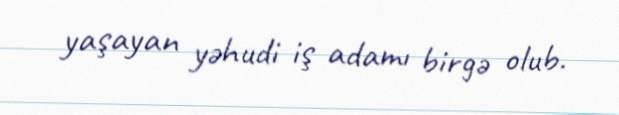
yaşayan yəhudi iş adamı birgə olub.